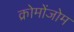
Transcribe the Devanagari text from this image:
क्रोमोंजोम